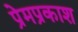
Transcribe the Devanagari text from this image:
प्रेमप्रकाश